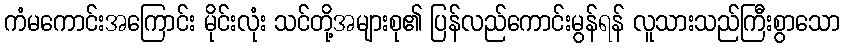
ကံမကောင်းအကြောင်း မိုင်းလုံး သင်တို့အများစု၏ ပြန်လည်ကောင်းမွန်ရန် လူသားသည်ကြီးစွာသော